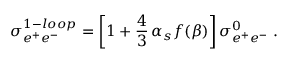
\sigma _ { e ^ { + } e ^ { - } } ^ { 1 - l o o p } = \left[ 1 + \frac { 4 } { 3 } \, \alpha _ { s } f ( \beta ) \right] \sigma _ { e ^ { + } e ^ { - } } ^ { 0 } \; .